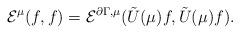
LaTeX: \begin{align*} {\cal E}^{\mu}(f,f)=\mathcal{E}^{\partial\Gamma,\mu}(\tilde{U}(\mu)f,\tilde{U}(\mu)f). \end{align*}